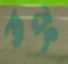
তরং